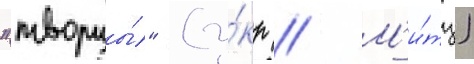
"творцы́" (у́кр // М'и́тц)